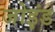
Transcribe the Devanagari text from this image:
जोइंड